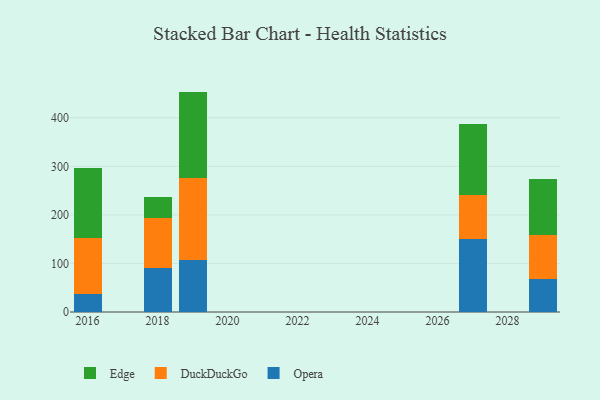
{"axis": {"x": "Year", "y": "Demand Index"}, "legend": ["DuckDuckGo", "Edge", "Opera"], "data": [{"x": "2027", "y": 150.1, "type": "Opera"}, {"x": "2027", "y": 90.5, "type": "DuckDuckGo"}, {"x": "2027", "y": 145.9, "type": "Edge"}, {"x": "2016", "y": 36.2, "type": "Opera"}, {"x": "2016", "y": 116.4, "type": "DuckDuckGo"}, {"x": "2016", "y": 144.0, "type": "Edge"}, {"x": "2029", "y": 67.0, "type": "Opera"}, {"x": "2029", "y": 91.1, "type": "DuckDuckGo"}, {"x": "2029", "y": 116.3, "type": "Edge"}, {"x": "2019", "y": 107.8, "type": "Opera"}, {"x": "2019", "y": 168.2, "type": "DuckDuckGo"}, {"x": "2019", "y": 178.0, "type": "Edge"}, {"x": "2018", "y": 90.1, "type": "Opera"}, {"x": "2018", "y": 103.8, "type": "DuckDuckGo"}, {"x": "2018", "y": 43.6, "type": "Edge"}]}